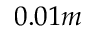
0 . 0 1 m